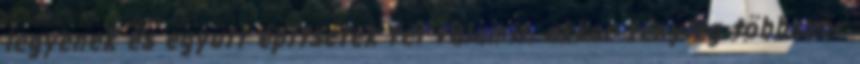
legyenek és együtt építsetek fel valamit, akkor tényleg többször